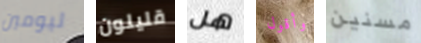
ليومين قليلون هل وأقول مسنين